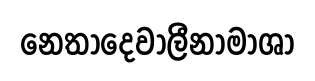
නෙතාදෙවාලීනාමාශා